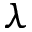
\lambda